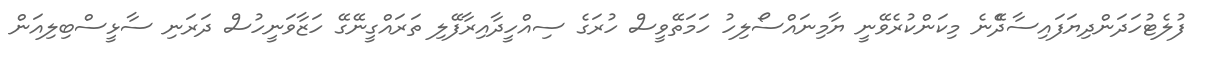
ފުލެޓުހަދަންދިޔަފައިސާދޭެނެ މިކަންކުރެވޭނީ ޔާމިނައްސޯލިހު ހަމަތޭވީސް ހުރަގެ ސިއްހީދާއިރާފޭލި ތަރައްގީނޭގޭ ހަޒާވަނީހުސް ދަރަނި ސާޅީސްބިލިއަން